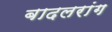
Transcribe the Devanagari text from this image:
बादलरांग